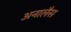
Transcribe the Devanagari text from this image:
अनालैस